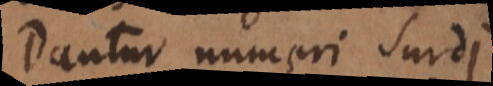
Dantur numeri surdi.